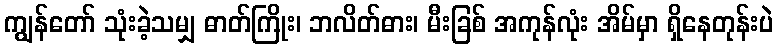
ကျွန်တော် သုံးခဲ့သမျှ ဓာတ်ကြိုး၊ ဘလိတ်ဓား၊ မီးခြစ် အကုန်လုံး အိမ်မှာ ရှိနေတုန်းပဲ